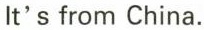
It's from China.